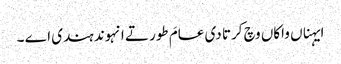
ایہناں واکاں وچ کرتا دی عامَ طور تے انہوند ہندی اے ۔